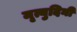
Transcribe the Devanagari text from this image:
मृत्युदिनी